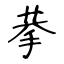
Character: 拲